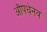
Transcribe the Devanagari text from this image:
औपधेनव